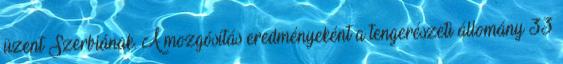
üzent Szerbiának. A mozgósítás eredményeként a tengerészeti állomány 33